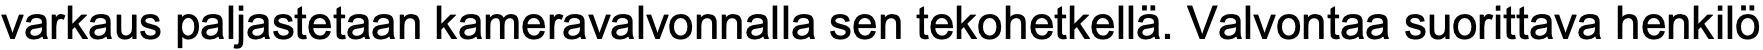
varkaus paljastetaan kameravalvonnalla sen tekohetkellä. Valvontaa suorittava henkilö